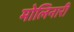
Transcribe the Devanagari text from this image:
मोलिनारी